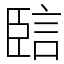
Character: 䛗